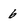
Character: 6